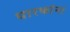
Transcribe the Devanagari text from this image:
धारकांना